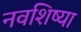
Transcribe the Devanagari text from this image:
नवशिष्या